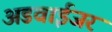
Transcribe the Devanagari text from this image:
अडवाईजर